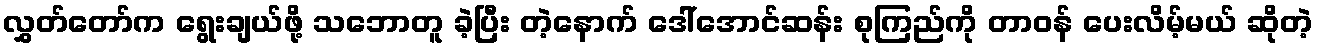
လွှတ်တော်က ရွေးချယ်ဖို့ သဘောတူ ခဲ့ပြီး တဲ့နောက် ဒေါ်အောင်ဆန်း စုကြည်ကို တာဝန် ပေးလိမ့်မယ် ဆိုတဲ့